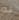
به